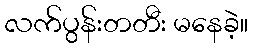
လက်ပွန်းတတီး မနေခဲ့။